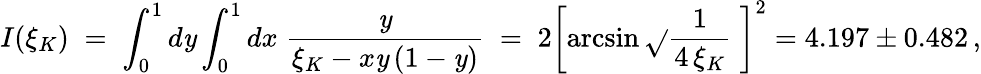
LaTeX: I(\xi_{K})\; =\; \int_{0}^{1}d\mathit{y}\int_{0}^{1}dx\; \frac{{\mathit{y}}}{{\xi_{K}-x\mathit{y}\, (1-\mathit{y})}}\; =\; 2\left[\arcsin\sqrt{}{{\frac{{1}}{{4\, \xi_{K}}}}}\; \right]^{2}=4.197\pm0.482\, ,